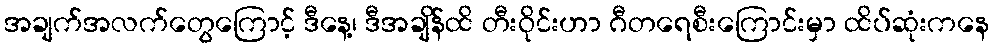
အချက်အလက်တွေကြောင့် ဒီနေ့၊ ဒီအချိန်ထိ တီးဝိုင်းဟာ ဂီတရေစီးကြောင်းမှာ ထိပ်ဆုံးကနေ